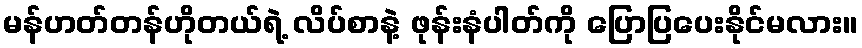
မန်ဟတ်တန်ဟိုတယ်ရဲ့ လိပ်စာနဲ့ ဖုန်းနံပါတ်ကို ပြောပြပေးနိုင်မလား။